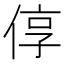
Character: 𫢷